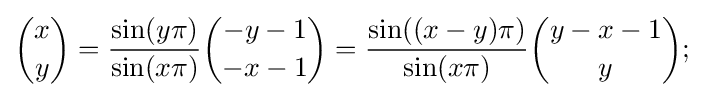
{x \choose y}={\frac {\sin(y\pi )}{\sin(x\pi )}}{-y-1 \choose -x-1}={\frac {\sin((x-y)\pi )}{\sin(x\pi )}}{y-x-1 \choose y};